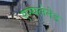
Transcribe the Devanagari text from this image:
एस्पलेनेड